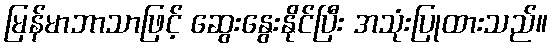
မြန်မာဘာသာဖြင့် ဆွေးနွေးနိုင်ပြီး အသုံးပြုထားသည်။